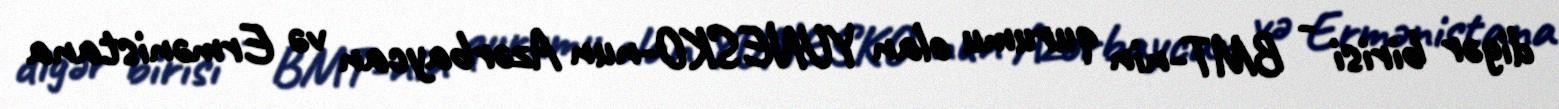
digər birisi - BMT-nin qurumu olan YUNESKO-nun Azərbaycan və Ermənistana